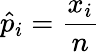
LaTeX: {\hat{p}}_{i}={\frac{x_{i}}{n}}